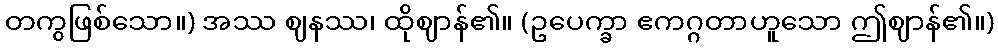
တကွဖြစ်သော။) အဿ ဈနဿ၊ ထိုဈာန်၏။ (ဥပေက္ခာ ဧကဂ္ဂတာဟူသော ဤဈာန်၏။)